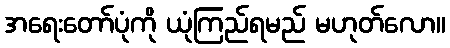
အရေးတော်ပုံကို ယုံကြည်ရမည် မဟုတ်လော။